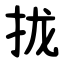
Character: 拢